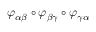
\varphi _ { \alpha \beta } \circ \varphi _ { \beta \gamma } \circ \varphi _ { \gamma \alpha }